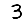
Digit: 3